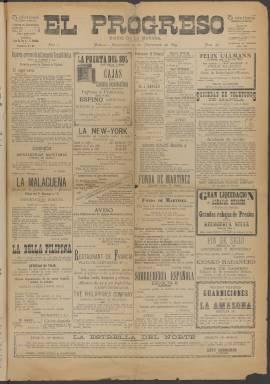
Título: El Progreso (Manila)
Colección: Periódicos
Ámbito geográfico: Filipinas
Lugar de publicación: Manila
Fechas: 27/09/1899-02/09/1900